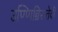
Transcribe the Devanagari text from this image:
उण्णिच्चिरुतेवी